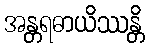
အန္တရဓာယိဿန္တိ